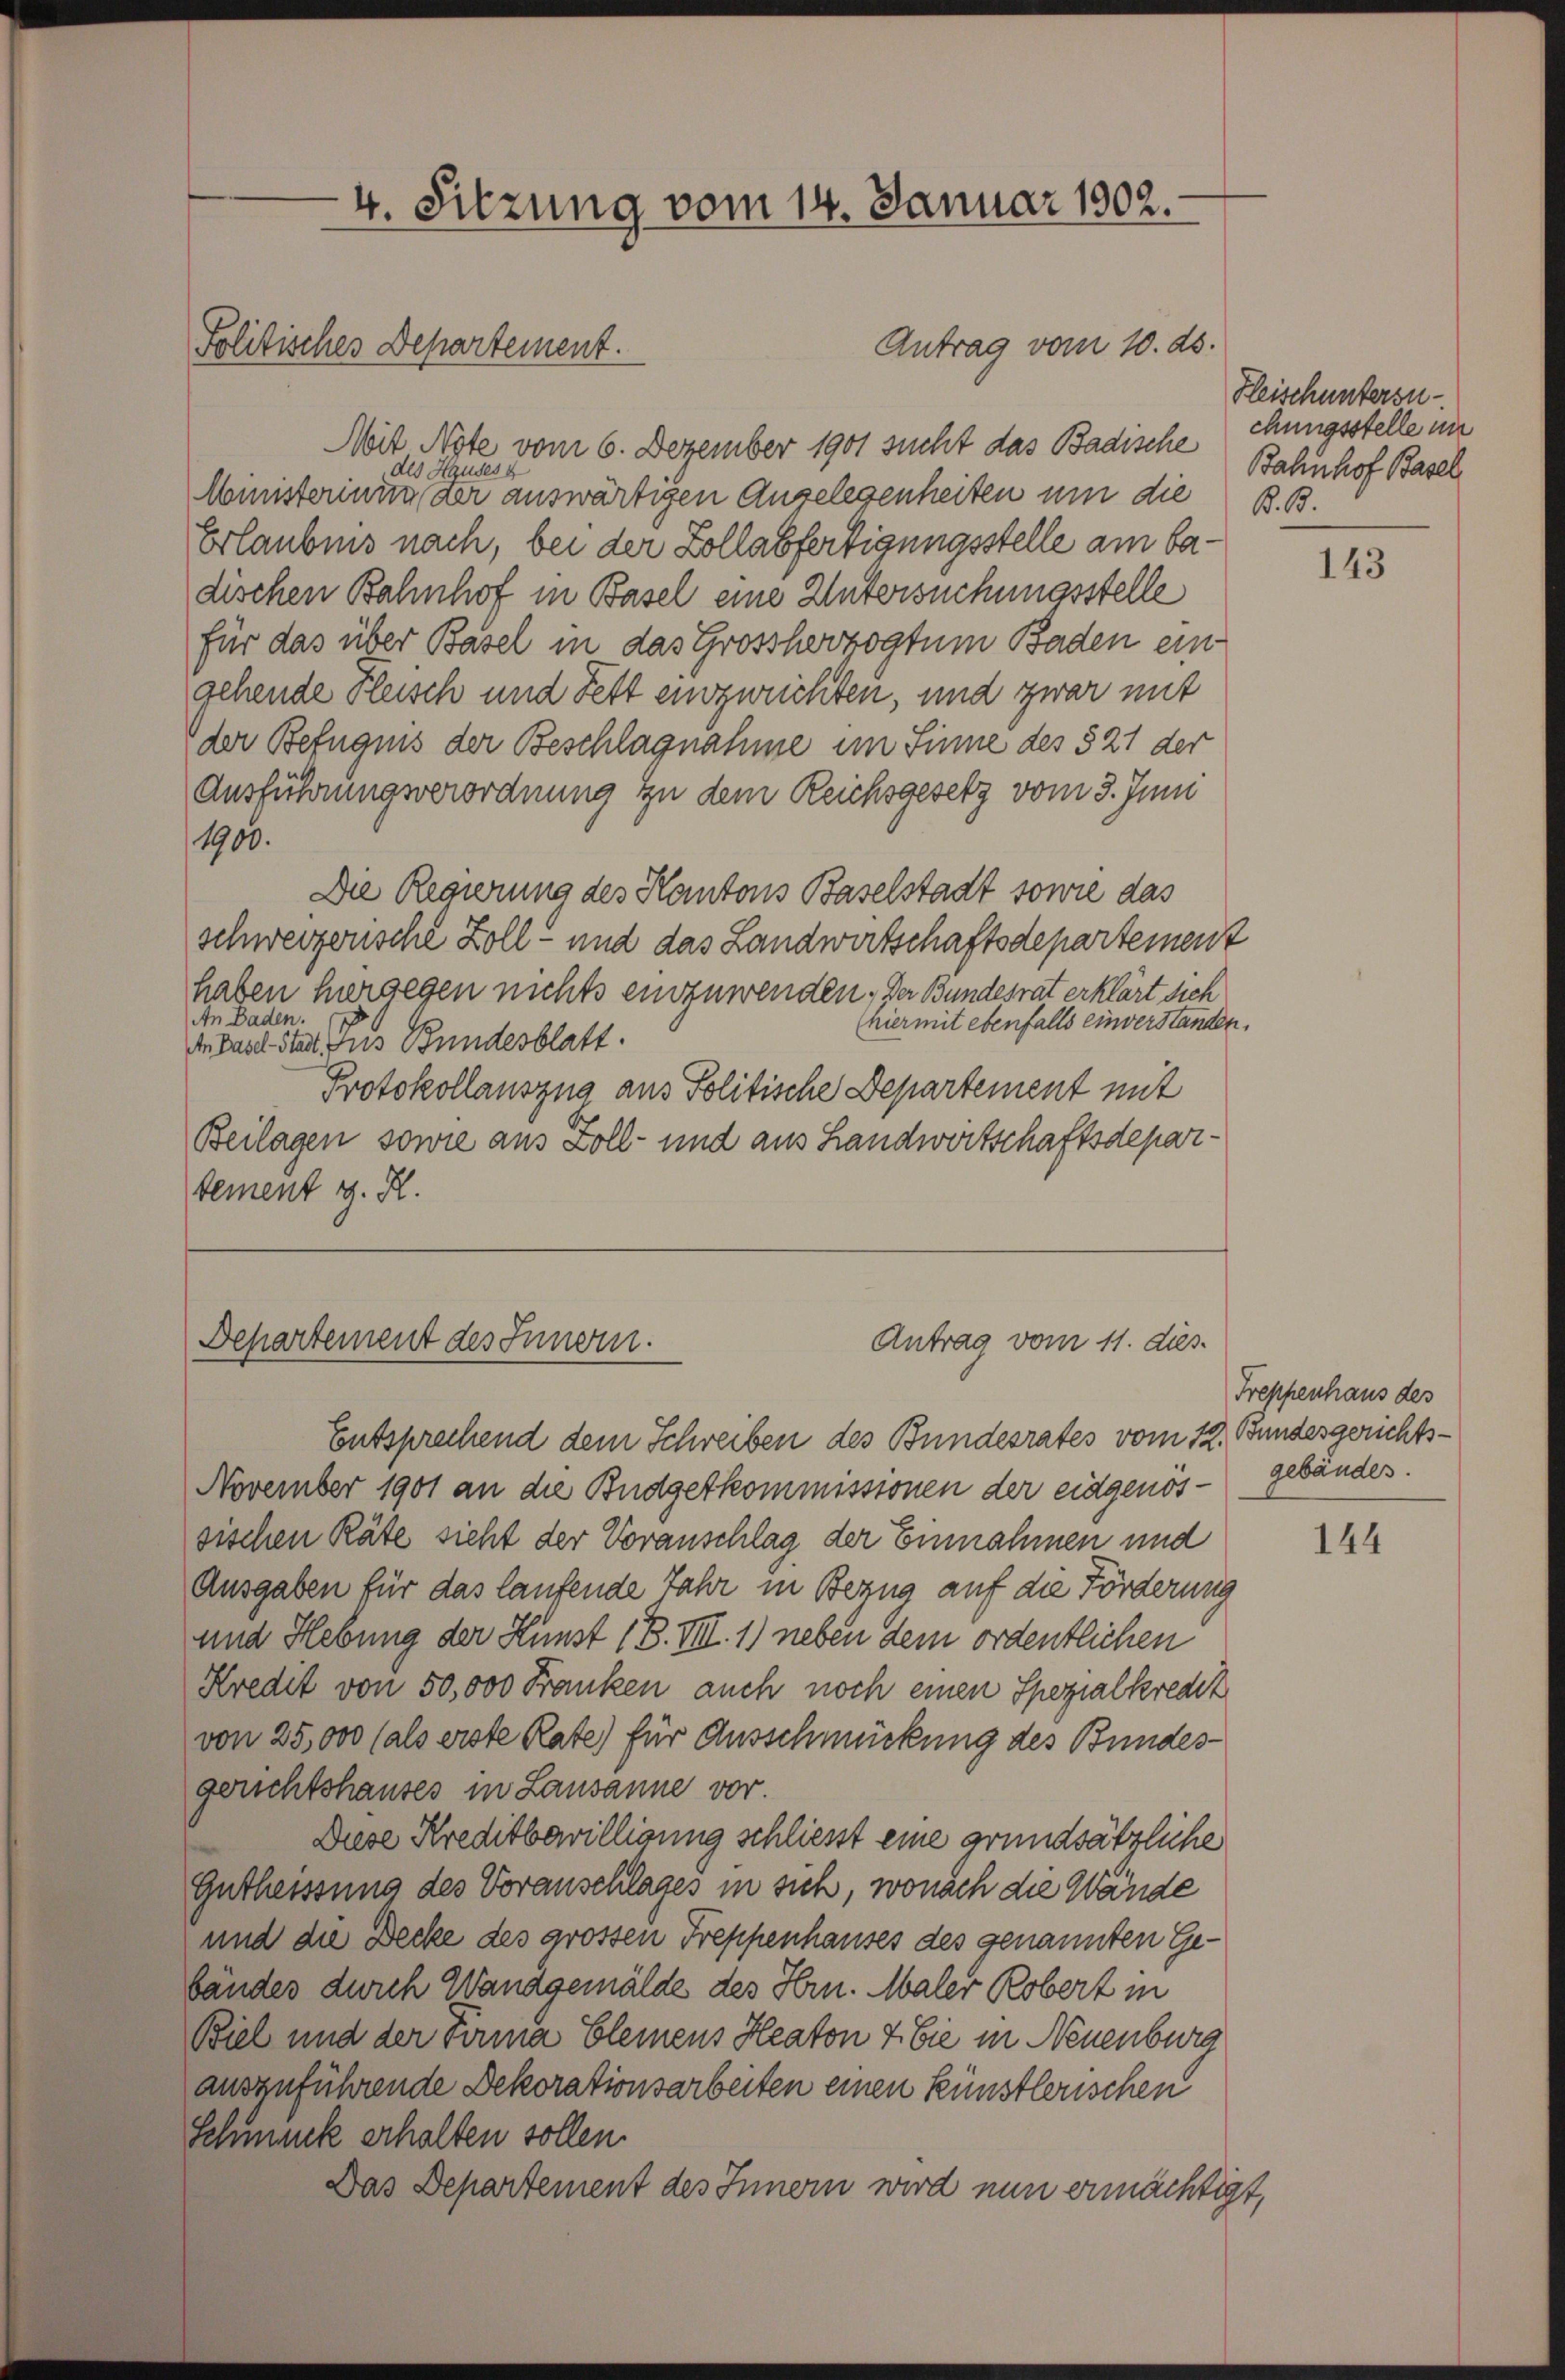
4. Sitzung vom 14. Januar 1902.
Antrag vom 10. ds.
Politisches Departement.

Mit Note vom 6. Dezember 1901 sucht das Badischechungsstelle im
des Hause
Mmisterinum der auswärtigen Angelegenheiten um die B. B.
Erlaubnis nach, bei der Zollabfertigungsstelle am badischen Bahnhof in Basel eine Untersuchungsstelle
für das über Basel in das Grossherzogtum Baden ein
gehende Fleisch und Fett einzurichten, und zwar mit
der Befugnis der Beschlagnahme im Sinne des 521 der
Ausführungsverordnung zu dem Reichsgesetz vom 3. Juni
1900.
Die Regierung des Kantons Baselstadt sowie das
schweizerische Zoll- und das Landwirtschaftsdepartement
haben hergegen nichts einzuwenden. Der Bundesrat erklärt sich
An Baden.
(hiermit ebenfalls einverstanden.
An Dasel-Stadt aus Bundesblatt.
Protokollauszug aus Politische Departement mit
Beilagen sowie aus Zoll- und aus Landwertschaftsdepartement z. R.

Departement des Innern.

Antrag vom 11. dies

Hleischuntersu
Bahnhof Basel

Entsprechend dem Schreiben des Bundesrates vom 12. Bundesgerichts¬
November 1901 an die Budgetkommissionen der eidgenössischen Räte sicht der Voranschlag, der Einnahmen und
Ausgaben für das laufende Jahr in Bezug auf die Förderung
und Hebung der Kunst ( B. VIII. 1) neben dem ordentlichen
Kredit von 50,000 Franken auch noch einen Spezialkredit
von 25,000 (als erste Rate) für Ausschmückung des Bundes-
gerichtshauses in Lausanne vor
Diese Kreditbewilligung schliesst eine grundsätzliche
Gutheissung des Voranschlages in sich, wonach die Wände
und die Decke des grossen Treppenhauses des genannten Gebändes durch Wandgemälde des Hrn. Maler Robert in
Biel und der Firma Elemens Heaton & Cie in Neuenburg
auszuführende Dekorationsarbeiten einen künstlerischen
Schmuck erhalten sollen.
Das Departement des Innern wird nun ermächtigt,

143

Treppenhaus des
gebäudes.

144